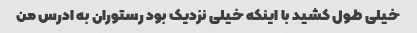
خیلی طول کشید با اینکه خیلی نزدیک بود رستوران به ادرس من